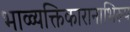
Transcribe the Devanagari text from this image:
भाव्व्यक्तिकारानाभिरूप